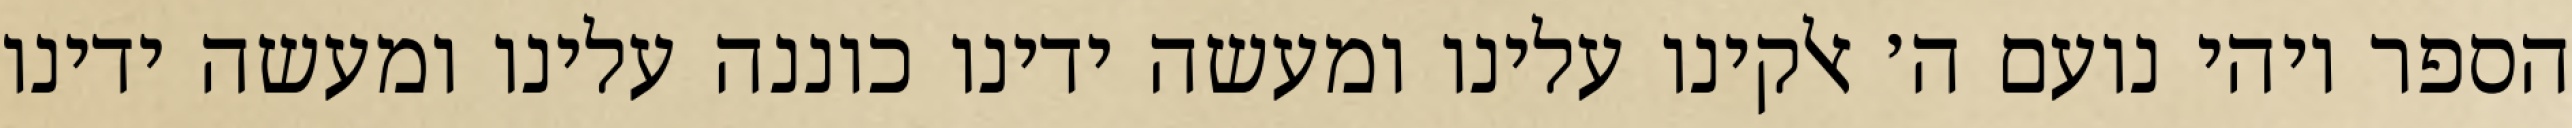
הספר ויהי נועם ה׳ אלקינו עלינו ומעשה ידינו כוננה עלינו ומעשה ידינו